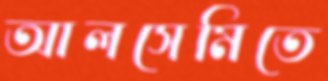
আলসেমিতে